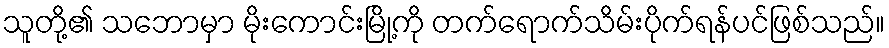
သူတို့၏ သဘောမှာ မိုးကောင်းမြို့ကို တက်ရောက်သိမ်းပိုက်ရန်ပင်ဖြစ်သည်။